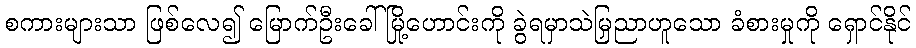
စကားများသာ ဖြစ်လေ၍ မြောက်ဦးခေါ်မြို့ဟောင်းကို ခွဲရမှာသဲမြညှာဟူသော ခံစားမှုကို ရှောင်နိုင်